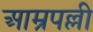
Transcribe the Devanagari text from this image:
आम्रपल्ली